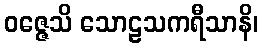
ဝဇ္ဇေသိ သောဠသကရီသာနိ၊